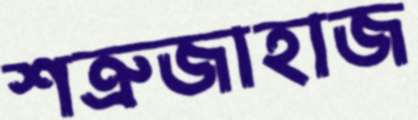
শত্রুজাহাজ